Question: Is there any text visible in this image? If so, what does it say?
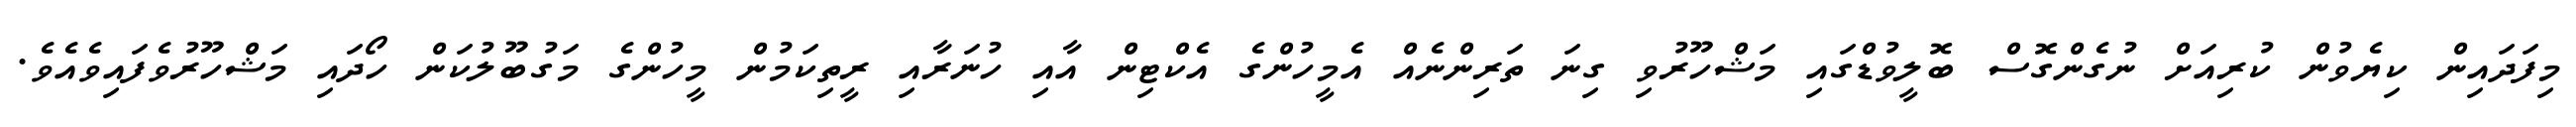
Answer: މިފަދައިން ކިޔެވުން ކުރިއަށް ނުގެންގޮސް ބޮލީވުޑްގައި މަޝްހޫރުވި ގިނަ ތަރިންނެއް އެމީހުންގެ އެކްޓިން އާއި ހުނަރާއި ރީތިކަމުން މީހުންގެ މަގުބޫލުކަން ހޯދައި މަޝްހޫރުވެފައިވެއެވެ.